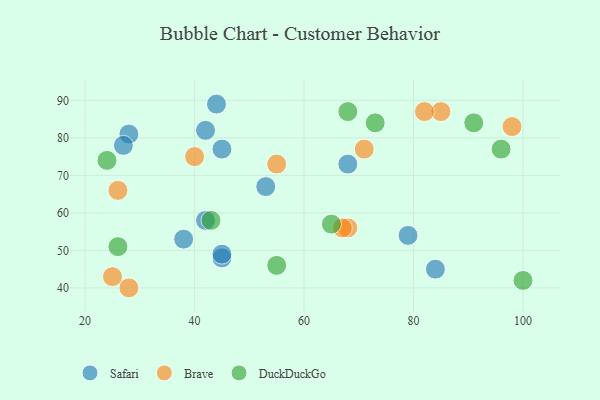
{"axis": {"x": "GDP", "y": "Life Expectancy"}, "legend": ["Brave", "DuckDuckGo", "Safari"], "data": [{"x": "28", "y": 81, "type": "Safari"}, {"x": "42", "y": 82, "type": "Safari"}, {"x": "27", "y": 78, "type": "Safari"}, {"x": "45", "y": 48, "type": "Safari"}, {"x": "84", "y": 45, "type": "Safari"}, {"x": "42", "y": 58, "type": "Safari"}, {"x": "45", "y": 77, "type": "Safari"}, {"x": "53", "y": 67, "type": "Safari"}, {"x": "68", "y": 73, "type": "Safari"}, {"x": "38", "y": 53, "type": "Safari"}, {"x": "44", "y": 89, "type": "Safari"}, {"x": "45", "y": 49, "type": "Safari"}, {"x": "79", "y": 54, "type": "Safari"}, {"x": "68", "y": 56, "type": "Brave"}, {"x": "26", "y": 66, "type": "Brave"}, {"x": "71", "y": 77, "type": "Brave"}, {"x": "85", "y": 87, "type": "Brave"}, {"x": "40", "y": 75, "type": "Brave"}, {"x": "67", "y": 56, "type": "Brave"}, {"x": "82", "y": 87, "type": "Brave"}, {"x": "28", "y": 40, "type": "Brave"}, {"x": "98", "y": 83, "type": "Brave"}, {"x": "55", "y": 73, "type": "Brave"}, {"x": "25", "y": 43, "type": "Brave"}, {"x": "96", "y": 77, "type": "DuckDuckGo"}, {"x": "73", "y": 84, "type": "DuckDuckGo"}, {"x": "91", "y": 84, "type": "DuckDuckGo"}, {"x": "65", "y": 57, "type": "DuckDuckGo"}, {"x": "24", "y": 74, "type": "DuckDuckGo"}, {"x": "43", "y": 58, "type": "DuckDuckGo"}, {"x": "100", "y": 42, "type": "DuckDuckGo"}, {"x": "55", "y": 46, "type": "DuckDuckGo"}, {"x": "26", "y": 51, "type": "DuckDuckGo"}, {"x": "68", "y": 87, "type": "DuckDuckGo"}]}